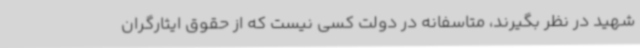
شهید در نظر بگیرند، متاسفانه در دولت کسی نیست که از حقوق ایثارگران